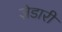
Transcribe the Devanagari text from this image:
ज़ेडारी